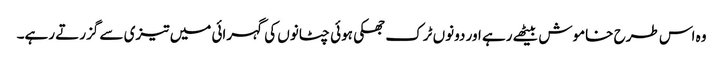
وہ اس طرح خاموش بیٹھے رہے اور دونوں ٹرک جھکی ہوئی چٹانوں کی گہرائی میں تیزی سے گزرتے رہے۔